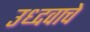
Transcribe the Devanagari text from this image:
उध्दवाचे